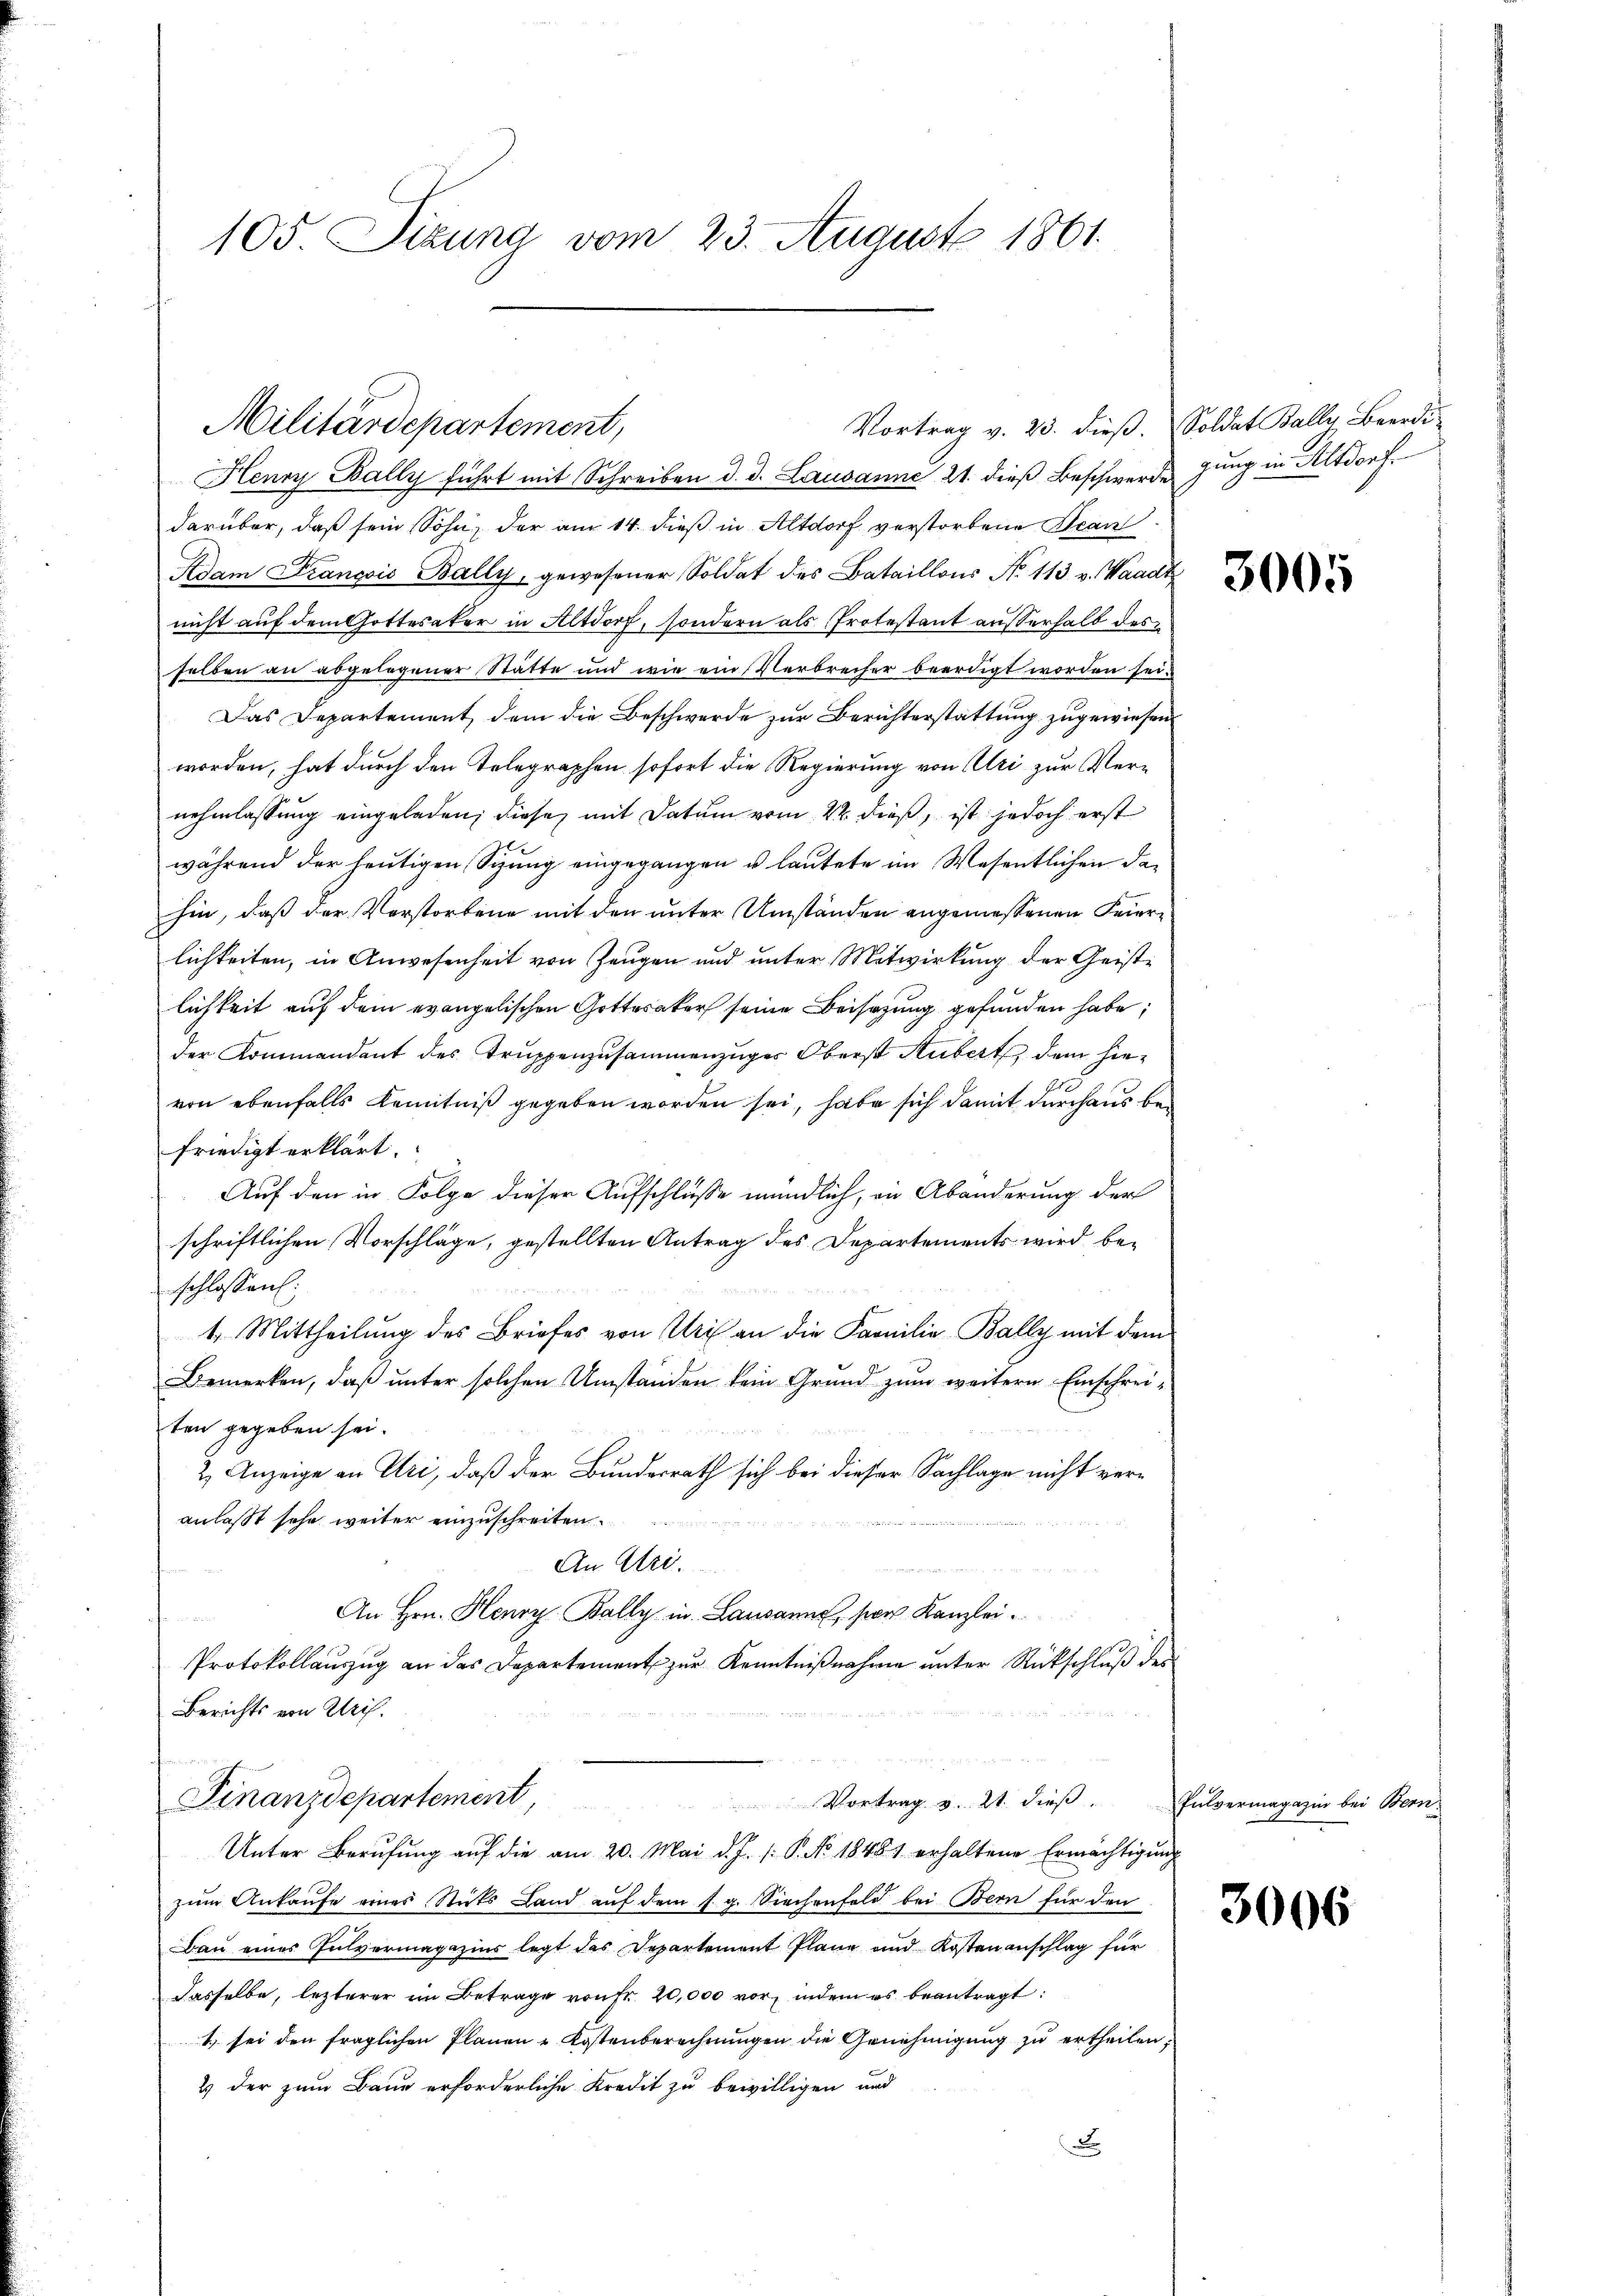
105. Sizung vom 23. August 1861.

Henry Bally führt mit Schreiben d. d. Lausanne 21. dieß Beschwerde jung in Altdorf.
darüber, daß sein Sohn, der am 14. dieß in Altdorf verstorbene Bean
Adam François Bally, gewesener Soldat des Bataillons No. 113 v. Waadt
nicht auf dem Gottesaker in Altdorf, sondern als Protestant ausserhalb des
selben an abgelegener Stätte und wie ein Verbrecher beerdigt worden sei.
Das Departement dem die Beschwerde zur Berichterstattung zugewiesen
worden, hat durch den Telegraphen sofort die Regierung von Uri zur Vernehmlassung eingeladen, diese mit Datum vom 22. dieß, ist jedoch erst
während der heutigen Sitzung eingegangen u. lautete im Wesentlichen der
hin, daß der Vorstorbene mit den unter Umständen angemessenen Feierlichkeiten, in Anwesenheit von Zeugen und unter Mitwirkung der Geiste
lichkeit auf dem evangelischen Gotterater seine Beisezung gefunden habe;
der Kommandant des Truppenzusammenzuger Oberst Hubert dem hievon ebenfalls Kenntniß gegeben worden sei, habe sich damit durchaus bei
friedigt erklärt.
Auf den in Folge dieser Aufschlüsse mündlich, in Abänderung der
schriftlichen Vorschläge, gestellten Antrag des Departements wird beschlossen:
1. Mittheilung des Briefes von Uri an die Familie Bally mit dem
Bemerken, daß unter solchen Umständen kein Grund zum weitern Einschreiten gegeben sei.

& Anzeige an Uri, daß der Bundesrath sich bei dieser Sachlage nicht veranlaßt sehe weiter einzuschreiten.
An Uri.
.
An Hrn. Henry-Bally in Lausanne, son Kanzlei.
u
Protokollauszug an das Departement zur Kenntnißnahme unter Rückschluß der
Berichts von Uris.
Finanzdepartement
Vortrag v. 21. dieß,
Unter Berufung auf die am 20. Mai d. J. /: P. No 1848 erhaltene Ermächtigung
zum Ankaufe eines Stuts Land auf dem s. g. Siechenfeld bei Bern für den
Bau eines Pulvermagazins legt das Departement Plane und Kostenanschlag für
dasselbe, lezterer im Betrage von Fr. 20,000 vor, indem es beantragt:
t sei den fraglichen Planen-Kostenberechnungen die Genehmigung zu ertheilen.
2) der zum Baue erforderliche Kredit zu bewilligen und
x

Militärdepartement,

Vortrag v. 23. dieß. Soldat Bally, Beerdi¬

3005

Pulvermagazin bei Bern

3006